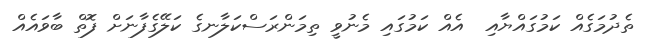
ތެދުމަގެއް ކަމުގައްޔާއި  އެއް ކަމުގައި މެނުވީ ތިމަންރަސްކަލާނގެ ކަލޭގެފާނަށް ފޮތް ބާވައެއް